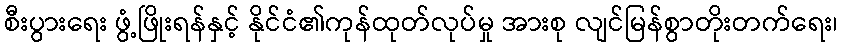
စီးပွားရေး ဖွံ့ဖြိုးရန်နှင့် နိုင်ငံ၏ကုန်ထုတ်လုပ်မှု အားစု လျင်မြန်စွာတိုးတက်ရေး၊